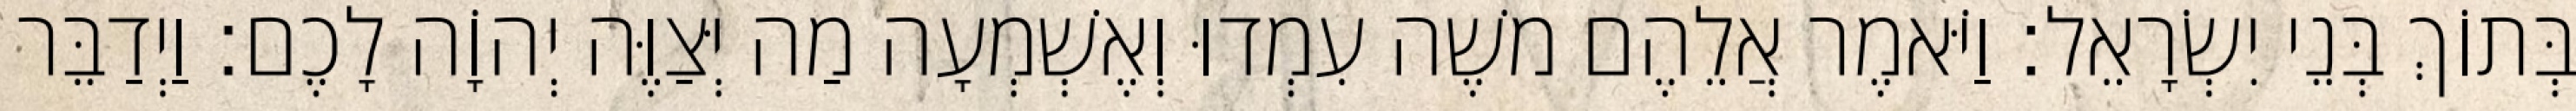
בְּתוֹךְ בְּנֵי יִשְׂרָאֵל׃ וַיֹּאמֶר אֲלֵהֶם משֶׁה עִמְדוּ וְאֶשְׁמְעָה מַה יְּצַוֶּה יְהוָֹה לָכֶם׃ וַיְדַבֵּר